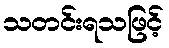
သတင်းရသဖြင့်